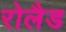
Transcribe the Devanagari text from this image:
रोलैड